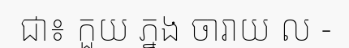
ជា៖ កួយ ភ្នង ចារាយ ល -